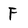
Character: F